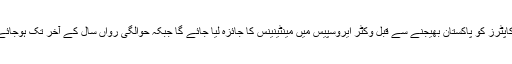
ہیلی کاپٹرز کو پاکستان بھیجنے سے قبل وکٹر ایروسپیس میں مینٹینینس کا جائزہ لیا جائے گا جبکہ حوالگی رواں سال کے آخر تک ہوجائے گی۔